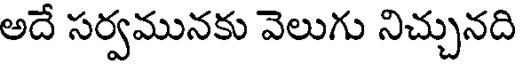
అదే సర్వమునకు వెలుగు నిచ్చునది